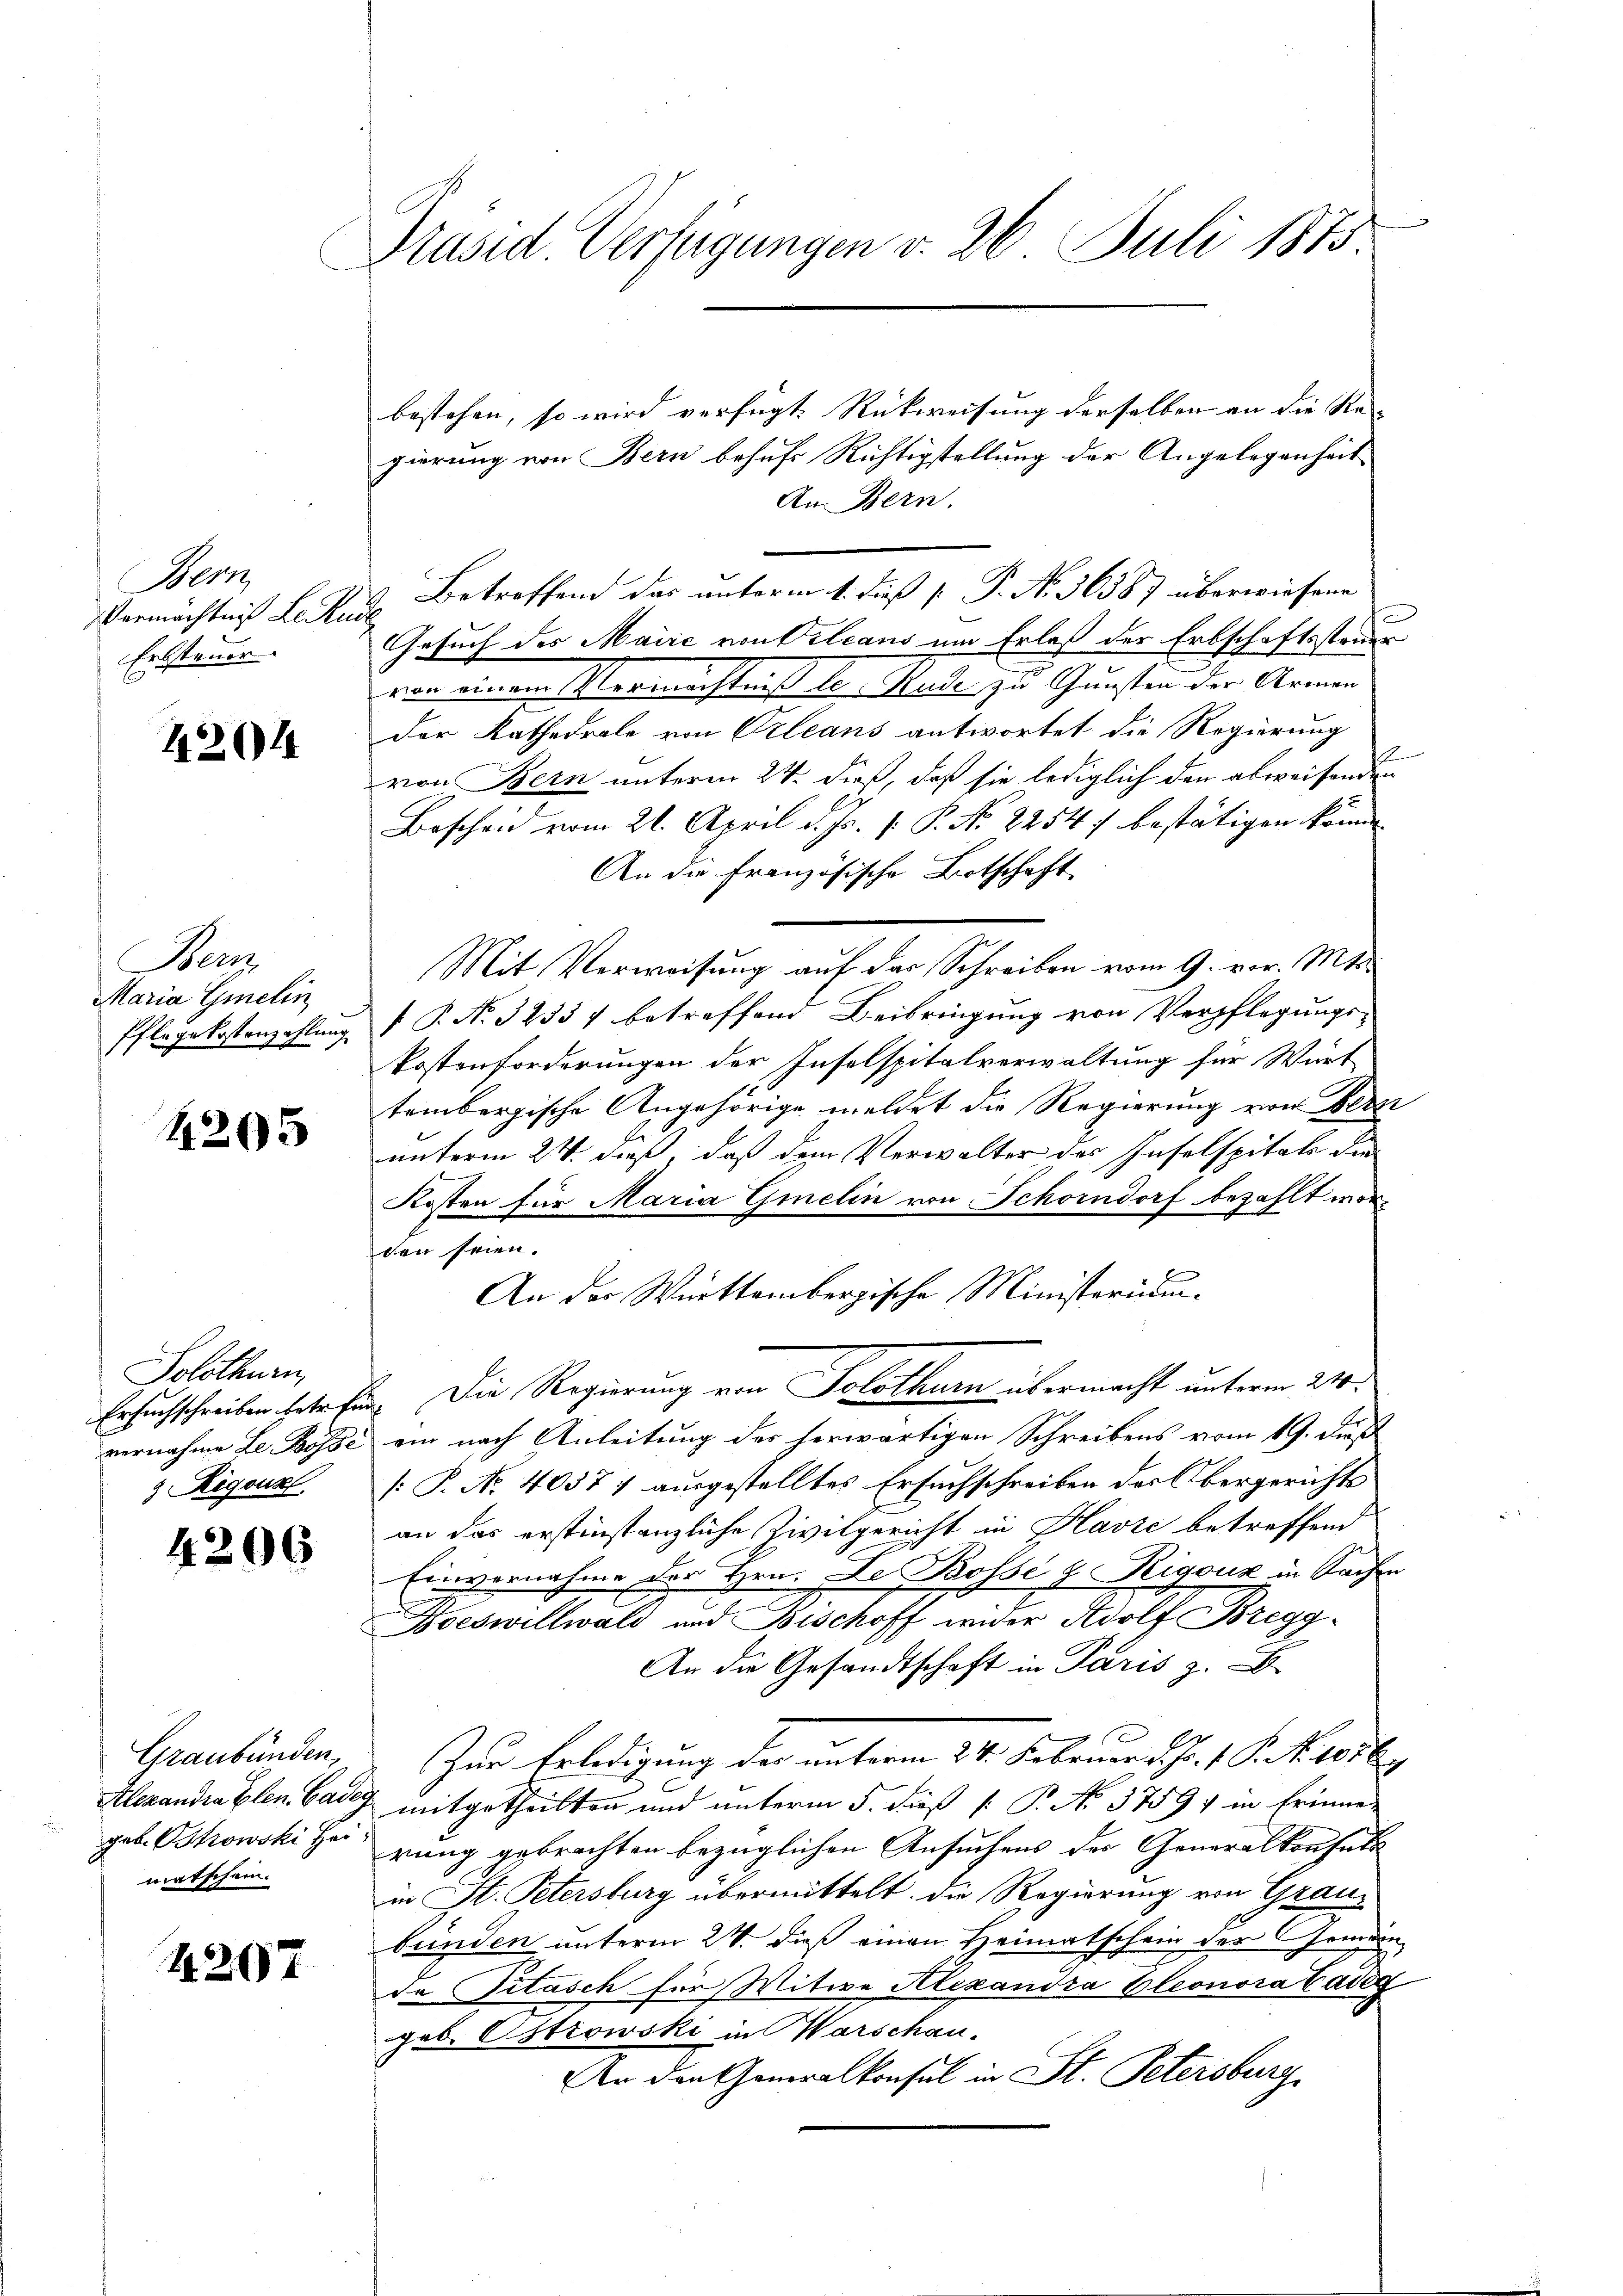
Bern
Vermächtnis Leue
Erbsteuer

4204

Bern,
Maria Gmelin
Pflege kostenzahlung

1205

Solothurn,
& Regouzl

4206

Graubünden,
matschein.

44207

Präsid. Verfügungen v. 26 Juli 1875

bestehen, so wird verfügt. Rückweisung derselben an die Re-
gierung von Bern behufs Richtigstellung der Angelegenheit
An Bern.
Betreffend das unterm 1. dieß P. No. 36387 überwiesene
h
Gesuch des Maire von Veleans um Erlaß der Erbschaftssteuer
von einem Vermächtniß le. Rade zu Gunsten der Armen
Der Kathedrale von Orleans antwortet die Regierung
von Bern unterm 24. dieß, daß sie lediglich den abweisenden
Bescheid vom 21. April d. Js. v. P. No 22547 bestätigen könn
An die französische Botschaft
Mit Verweisung auf der Schreiben vom 9. vor. Mts.
 P. No. 32337 betreffend Beibringung von Verpflegungs-
Kostenforderungen der Inselspitalverwaltung für Würt
tembergische Angehörige meldet die Regierung von Bern
unterm 2t dieß, daß dem Verwalter des Inselspitals die
Kosten für Maria Gmelin von Schorndorf bezahlt worden seien.
An der Württembergische Ministerium
Ersuchschreiben betreffen. Die Regierung von Solothurn übermacht unterm 24.
vernahme Le Bösse ein nach Anleitung des herwärtigen Schreibens vom 19. Das
[: P. Nr. 40577 ausgestelltes Ersuchschreiben der Obergerichts
an das erstinstanzliche Zivilgericht in Havić betreffend
Einvernahme der Hrn. Der Bosse & Rigouz in Sachen
2
Noeswillwald und Bischoff wider Adolf Bregg¬
An die Gesandtschaft in Paris z.
Zur Erledigung der unterm 24. Februar d. 1 P. R. 1056.
Alexandra Elen Gar mitgetheilten und unterm 5. dieß P. No. 3759 in Erinne
geb. Bhowski Herrung gebrachten bezüglichen Ansuchens der Generalkonsuls
in St. Petersburg übermittelt. Die Regierung von Grau-
bunden unterm 24. dieß einen Heimatschein der Gemein
Da Petasch für Mitwe Alexandra Eleonora Cadeg
geb. Ostrowski in Warschau.
An den Generalkonsul in St. Petersburg